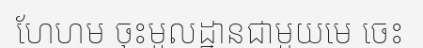
ហែហម ចុះមូលដ្ឋានជាមួយមេ ចេះ